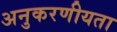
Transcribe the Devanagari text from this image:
अनुकरणीयता